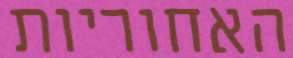
האחוריות